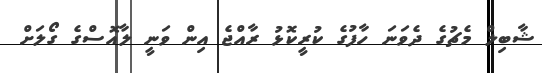
ޝާބިލް މެޗުގެ ދެވަނަ ހާފުގެ ކުރީކޮޅު ރާއްޖެ އިން ވަނީ ލާއޮސްގެ ގޯލަށް